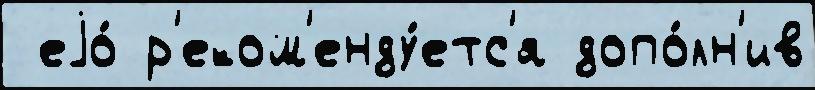
 еjо́ р'еком'енду́етс'я допо́лн'ив